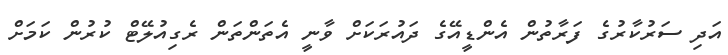
އަދި ސަރުކާރުގެ ފަރާތުން އެންޑީއޭގެ ދައުރަކަށް ވާނީ އެތަންތަން ރެގިއުލޭޓް ކުރުން ކަމަށް